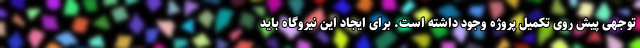
توجهی پیش روی تکمیل پروژه وجود داشته است. برای ایجاد این نیروگاه باید